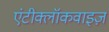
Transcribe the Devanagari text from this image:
एंटीक्लॉकवाइज़